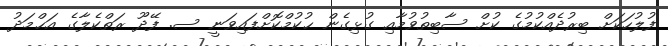
ފުލުހަކަށް ބިރުދެއްކުމުގެ ކުށް ސާބިތުވުމާއި ގުޅިގެން ޙުކުމްކޮށްފައިވަނީ ސ. ފޭދޫ ރަތްކެލާގެ އަޙްމަދު